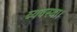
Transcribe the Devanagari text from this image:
व्‍यवस्‍था।